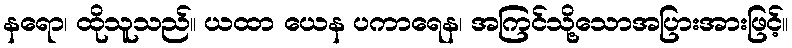
နရော၊ ထိုသူသည်။ ယထာ ယေန ပကာရေန၊ အကြင်သို့သောအပြားအားဖြင့်။